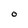
Character: O